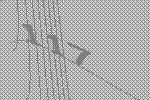
117